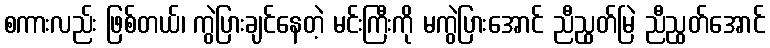
စကားလည်း ဖြစ်တယ်၊ ကွဲပြားချင်နေတဲ့ မင်းကြီးကို မကွဲပြားအောင် ညီညွတ်မြဲ ညီညွတ်အောင်